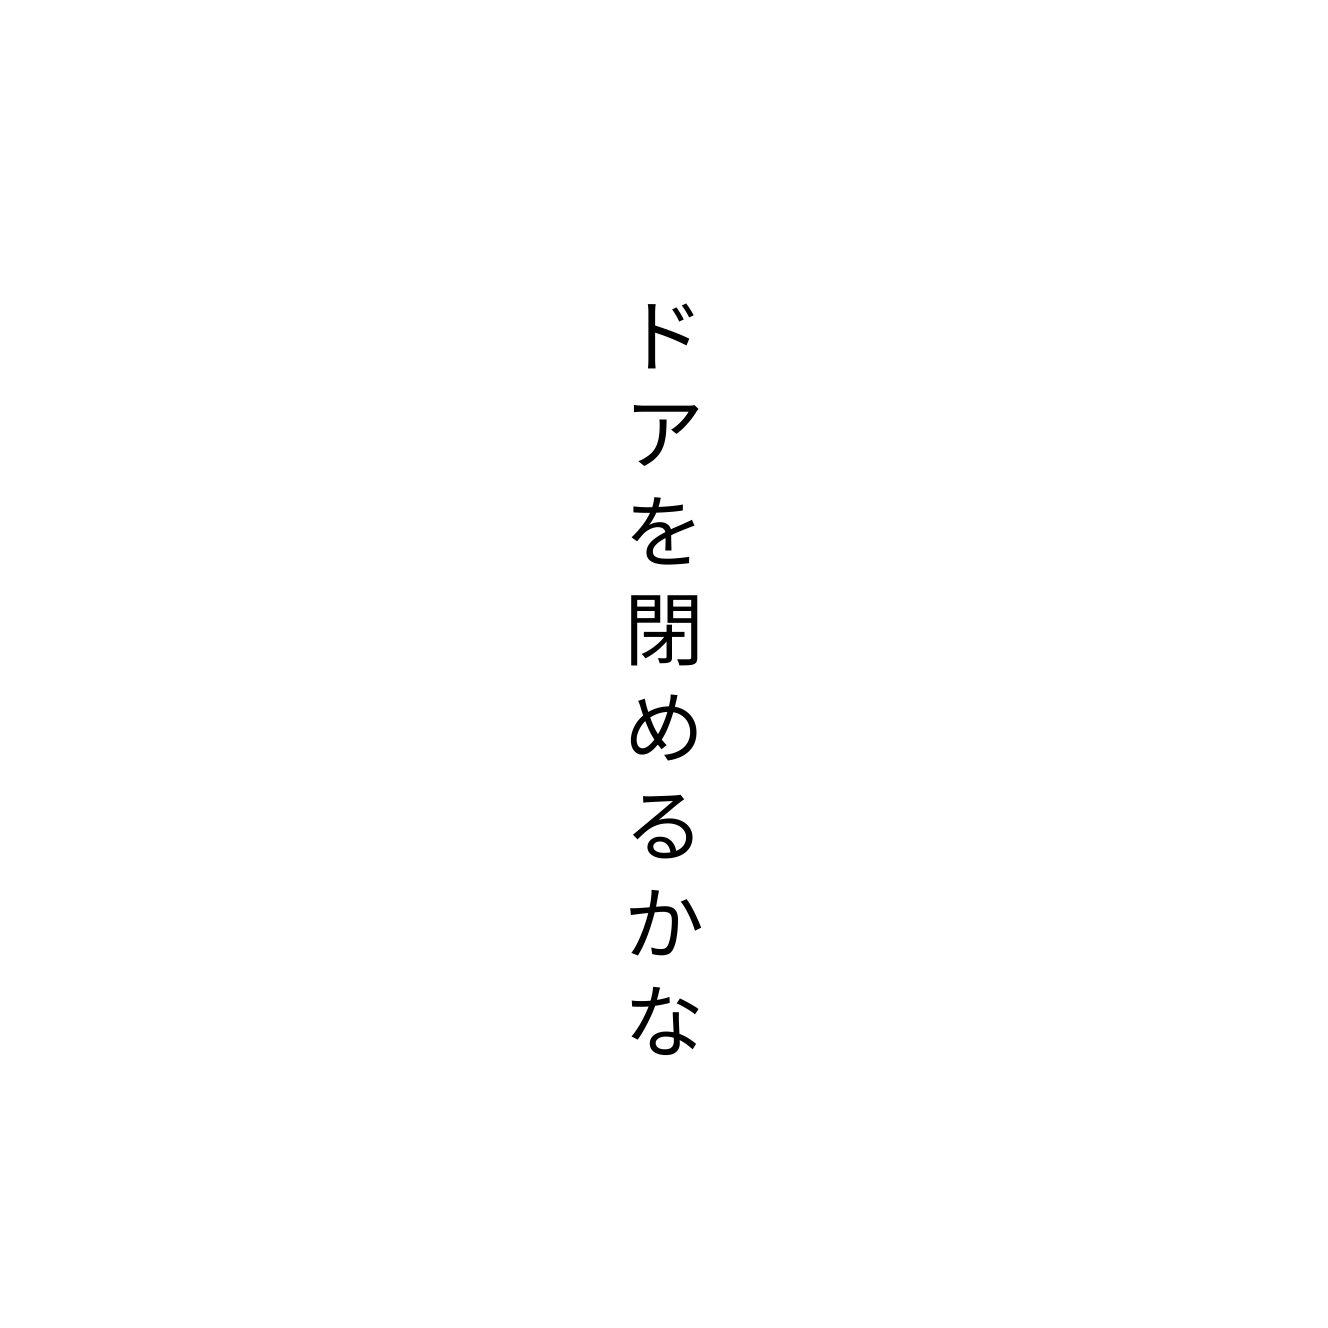
ドアを閉めるかな